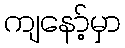
ကျနော့်မှာ